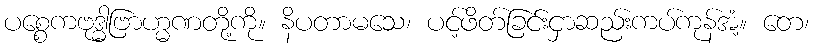
ပစ္စေကဗုဒ္ဓါဗြာဟ္မဏတို့ကို။ နိပတာမသေ၊ ပင့်ဖိတ်ခြင်းငှာဆည်းကပ်ကုန်အံ့။ တေ၊